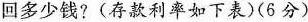
回多少钱? (存款利率如下表)(6分)